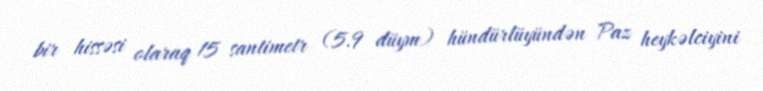
bir hissəsi olaraq 15 santimetr (5.9 düym) hündürlüyündən Paz heykəlciyini